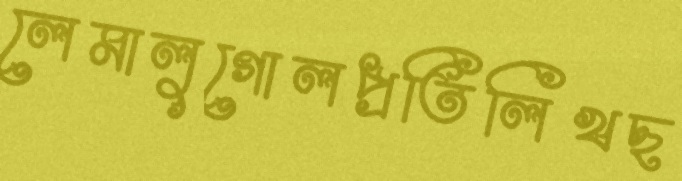
লেমালুগোলপ্রতিলিখছ